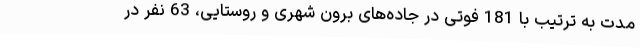
مدت به ترتیب با 181 فوتی در جاده‌های برون شهری و روستایی، 63 نفر در